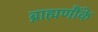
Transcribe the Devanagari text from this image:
ब्राह्मणौंके